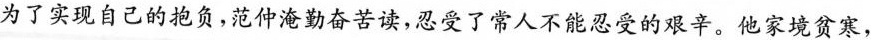
为了实现自己的抱负，范仲淹勤奋苦读，忍受了常人不能忍受的艰辛。他家境贫寒，